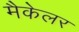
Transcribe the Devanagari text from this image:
मैकेलर